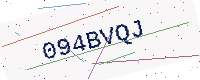
Text: 094BVQJ